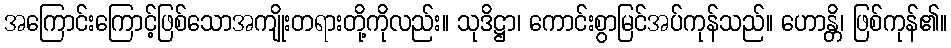
အကြောင်းကြောင့်ဖြစ်သောအကျိုးတရားတို့ကိုလည်း။ သုဒိဋ္ဌာ၊ ကောင်းစွာမြင်အပ်ကုန်သည်။ ဟောန္တိ၊ ဖြစ်ကုန်၏။